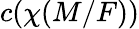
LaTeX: c(\chi(M/F))